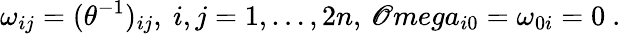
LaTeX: \omega_{ij}=(\theta^{-1})_{ij},\ i,j=1,\dots,2n,\, \mathscr{O}mega_{i0}=\omega_{0i}=0\ .